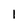
Character: 1